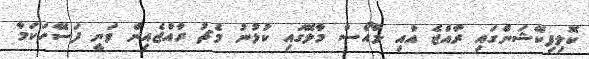
ކޮލިފިކޭޝަންގައި ރާއްޖެ އާއި ލާއޯސް މާލޭގައި ކުޅުނު މެޗު ރާއްޖެއިން ވަނީ ފަސޭހަކަމާ